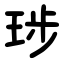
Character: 㻉